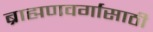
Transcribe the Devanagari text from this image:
ब्राह्मणवर्गासाठी